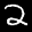
Label: 2